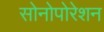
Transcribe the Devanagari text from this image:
सोनोपोरेशन